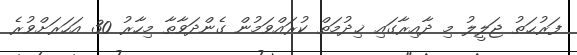
ފަރުޙަތު ޖަލީލު މި ދާއިރާގައި ޚިދުމަތް ކުރައްވަމުން ގެންދަވާތާ މިހާރު 30 އަހަރަށްވުރެ